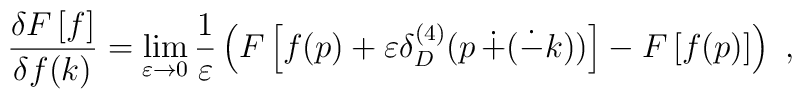
\frac{\delta F\left[f\right]}{\delta f(k)}=\lim_{\varepsilon\rightarrow 0}\frac{1}{\varepsilon}\left(F\left[f(p)+\varepsilon\delta^{(4)}_{D}(p\,\dot{+}(\dot{-}k))\right]-F\left[f(p)\right]\right) ~,